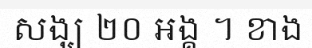
សង្ឃ ២០ អង្គ ។ ខាង